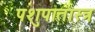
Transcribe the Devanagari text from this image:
पशुपातास्त्र